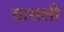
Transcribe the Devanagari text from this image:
वासली